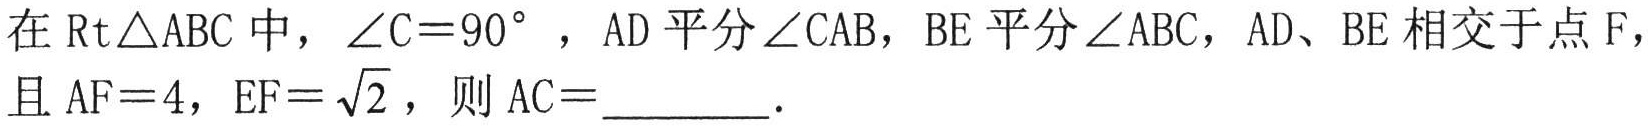
在\(\text{Rt}\triangle ABC\)中，\(\angle C = 90^{\circ}\)，\(AD\)平分\(\angle CAB\)，\(BE\)平分\(\angle ABC\)，\(AD、BE\)相交于点\(F\)，且\(AF = 4\)，\(EF=\sqrt{2}\)，则\(AC=\)______．